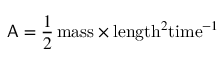
\mathsf { A } = \frac { 1 } { 2 } \, \mathrm { m a s s } \times \mathrm { l e n g t h } ^ { 2 } \mathrm { t i m e } ^ { - 1 }